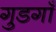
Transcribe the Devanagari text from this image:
गुडगाँ